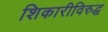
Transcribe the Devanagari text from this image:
शिकारीविरुद्ध